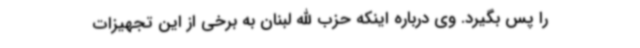
را پس بگیرد. وی درباره اینکه حزب الله لبنان به برخی از این تجهیزات